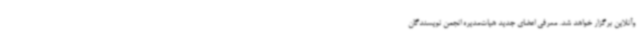
وآنلاین برگزار خواهد شد. معرفی اعضای جدید هیات‌مدیره انجمن نویسندگان